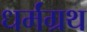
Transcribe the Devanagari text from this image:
धर्मंग्रथ